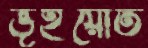
ভূঁইয়োত